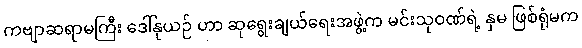
ကဗျာဆရာမကြီး ဒေါ်နုယဉ် ဟာ ဆုရွေးချယ်ရေးအဖွဲ့က မင်းသုဝဏ်ရဲ့ နှမ ဖြစ်ရုံမက